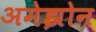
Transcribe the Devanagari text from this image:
अमेझोन